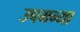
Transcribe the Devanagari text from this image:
उपमन्या